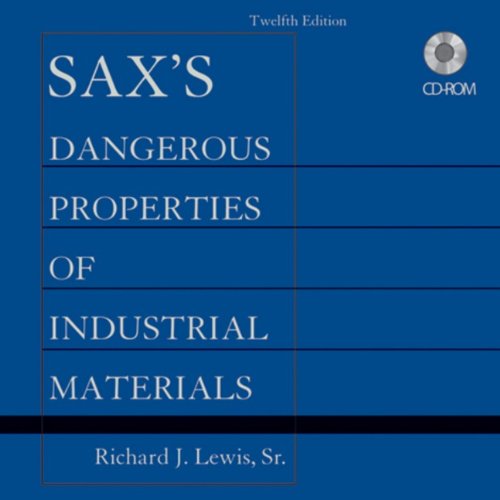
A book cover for Sax's Dangerous Properties of Industrial Materials, Set CD-ROM (DANGEROUS PROPERTIES OF IND MATERIALS); Richard J. Lewis Sr.; Medical Books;